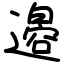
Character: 𫟪